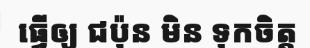
ធ្វើឲ្យ ជប៉ុន មិន ទុកចិត្ត